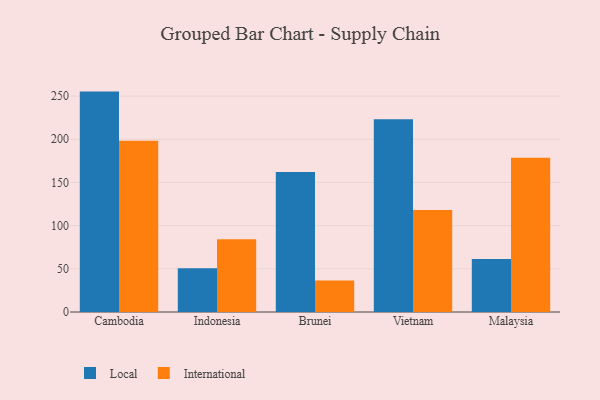
{"axis": {"x": "Country", "y": "Latency (ms)"}, "legend": ["International", "Local"], "data": [{"x": "Cambodia", "y": 255.2, "type": "Local"}, {"x": "Cambodia", "y": 198.2, "type": "International"}, {"x": "Indonesia", "y": 50.8, "type": "Local"}, {"x": "Indonesia", "y": 84.3, "type": "International"}, {"x": "Brunei", "y": 162.0, "type": "Local"}, {"x": "Brunei", "y": 36.4, "type": "International"}, {"x": "Vietnam", "y": 223.1, "type": "Local"}, {"x": "Vietnam", "y": 118.1, "type": "International"}, {"x": "Malaysia", "y": 61.4, "type": "Local"}, {"x": "Malaysia", "y": 178.5, "type": "International"}]}